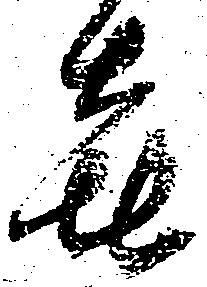
喜